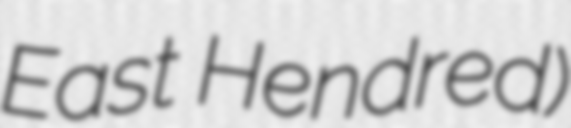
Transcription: East Hendred)